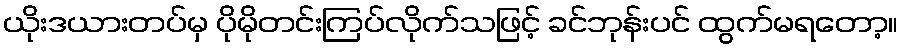
ယိုးဒယားတပ်မှ ပိုမိုတင်းကြပ်လိုက်သဖြင့် ခင်ဘုန်းပင် ထွက်မရတော့။